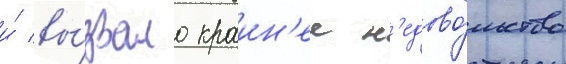
и́ вы́звало краин'ее н'едово́льство